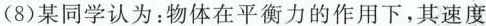
(8)某同学认为：物体在平衡力的作用下，其速度